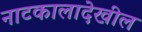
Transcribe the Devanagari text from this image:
नाटकालादेखील